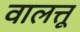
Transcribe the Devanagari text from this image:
वालत्तू